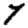
Digit: 7